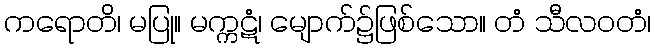
ကရောတိ၊ မပြု။ မက္ကဋံ၊ မျောက်၌ဖြစ်သော။ တံ သီလဝတံ၊